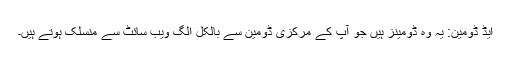
ایڈ ڈومین: یہ وہ ڈومینز ہیں جو آپ کے مرکزی ڈومین سے بالکل الگ ویب سائٹ سے منسلک ہوتے ہیں۔